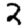
Digit: 2